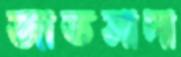
জাতসাদা